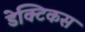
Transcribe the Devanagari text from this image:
डेक्टिकस